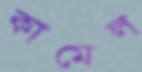
কামেল